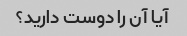
آیا آن را دوست دارید؟